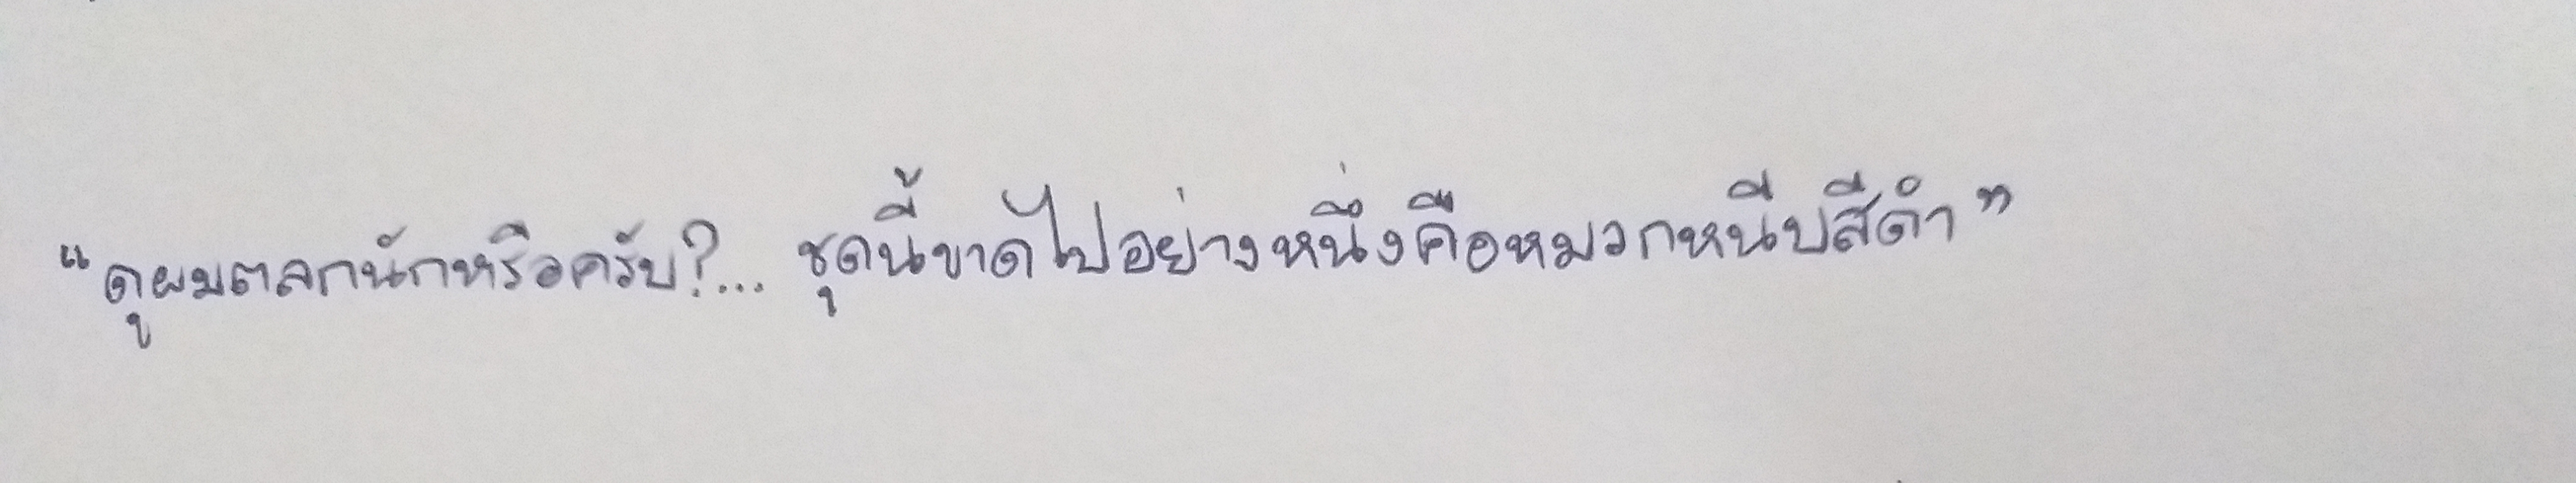
"ดูผมตลกนักหรือครับ?...ชุดนี้ขาดไปอย่างหนึ่งคือหมวกหนีบสีดำ"